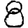
Digit: 8